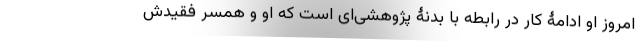
امروزِ او ادامۀ کار در رابطه با بدنۀ پژوهشی‌ای است که او و همسر فقیدش